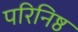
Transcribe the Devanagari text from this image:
परिनिष्ठ